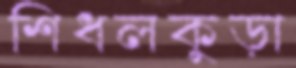
শিধলকুড়া